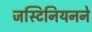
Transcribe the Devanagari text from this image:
जस्टिनियनने